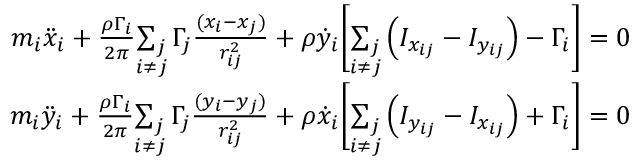
\begin{array} { r } { m _ { i } \ddot { x } _ { i } + \frac { \rho \Gamma _ { i } } { 2 \pi } \underset { i \neq j } { \sum _ { j } } \, \Gamma _ { j } \frac { ( x _ { i } - x _ { j } ) } { r _ { i j } ^ { 2 } } + \rho \dot { y } _ { i } \biggr [ \underset { i \neq j } { \sum _ { j } } \left( I _ { x _ { i j } } - I _ { y _ { i j } } \right) - \Gamma _ { i } \biggr ] = 0 } \\ { m _ { i } \ddot { y } _ { i } + \frac { \rho \Gamma _ { i } } { 2 \pi } \underset { i \neq j } { \sum _ { j } } \, \Gamma _ { j } \frac { ( y _ { i } - y _ { j } ) } { r _ { i j } ^ { 2 } } + \rho \dot { x } _ { i } \biggr [ \underset { i \neq j } { \sum _ { j } } \left( I _ { y _ { i j } } - I _ { x _ { i j } } \right) + \Gamma _ { i } \biggr ] = 0 } \end{array}